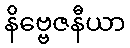
နိဗ္ဗေဇနီယာ